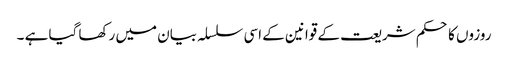
روزوں کا حکم شریعت کے قوانین کے اسی سلسلہ بیان میں رکھا گیا ہے ۔